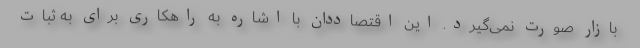
بازار صورت نمی‌گیرد. این اقتصاددان با اشاره به راهکاری برای به ثبات